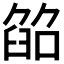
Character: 𦥵